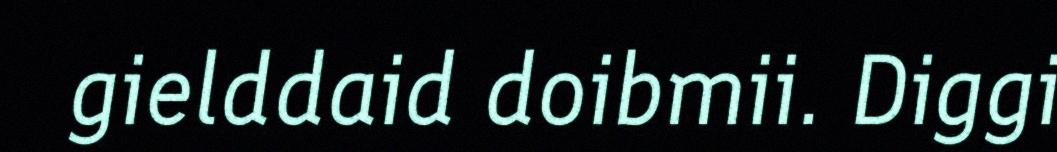
gielddaid doibmii. Diggi